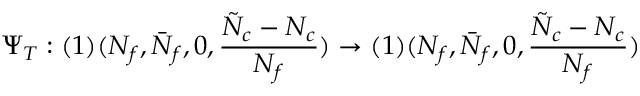
\Psi _ { T } : ( 1 ) ( N _ { f } , \bar { N } _ { f } , 0 , \frac { \tilde { N } _ { c } - N _ { c } } { N _ { f } } ) \rightarrow ( 1 ) ( N _ { f } , \bar { N } _ { f } , 0 , \frac { \tilde { N } _ { c } - N _ { c } } { N _ { f } } )